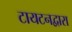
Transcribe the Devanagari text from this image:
टायटनद्वारा